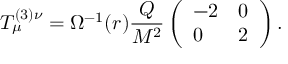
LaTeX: T _ { \mu } ^ { ( 3 ) \nu } = \Omega ^ { - 1 } ( r ) \frac { Q } { M ^ { 2 } } \left( \begin{array} { l l } { { - 2 } } & { { 0 } } \\ { { 0 } } & { { 2 } } \end{array} \right) .